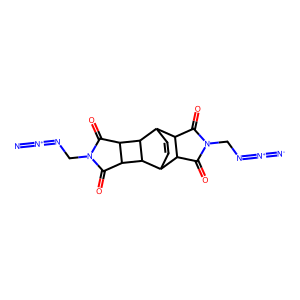
SMILES: [N-]=[N+]=NCN1C(=O)C2C3C=CC(C2C1=O)C1C2C(=O)N(CN=[N+]=[N-])C(=O)C2C31
Inhibits HIV replication: No